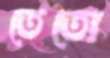
তেতো